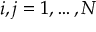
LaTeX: i , j = 1 , \ldots , N